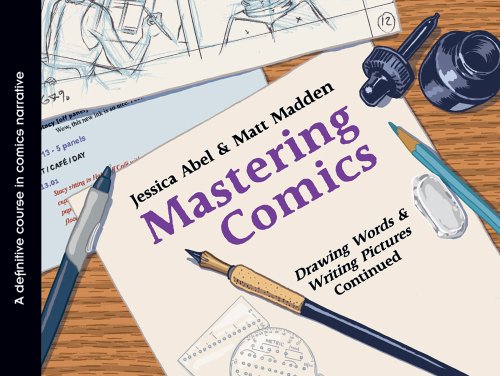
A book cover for Mastering Comics: Drawing Words & Writing Pictures Continued; Jessica Abel; Comics & Graphic Novels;